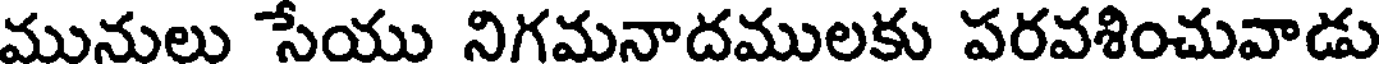
మునులు సేయు నిగమనాదములకు పరవశించువాడు